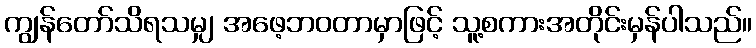
ကျွန်တော်သိရသမျှ အဖေ့ဘဝတာမှာဖြင့် သူ့စကားအတိုင်းမှန်ပါသည်။